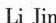
Li Jin